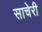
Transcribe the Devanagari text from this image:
साचेरी